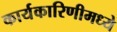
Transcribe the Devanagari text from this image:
कार्यकारिणीमध्ये